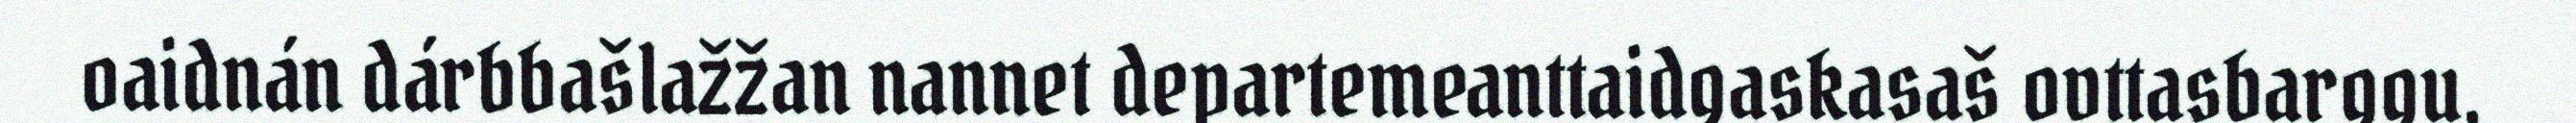
oaidnán dárbbašlažžan nannet departemeanttaidgaskasaš ovttasbarggu,